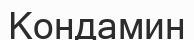
Кондамин